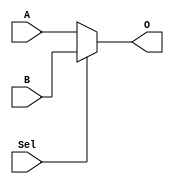
`timescale 1ns / 1ps
//////////////////////////////////////////////////////////////////////////////////
// Company: 
// Engineer: 
// 
// Design Name: 
// Module Name:    MUX_32_2_1 
// Project Name: 
// Target Devices: 
// Tool versions: 
// Description: 
//
// Dependencies: 
//
// Revision: 
// Revision 0.01 - File Created
// Additional Comments: 
//
//////////////////////////////////////////////////////////////////////////////////
module MUX_32_2_1(A, B, Sel, O);
	input		[31:0]	A;
	input		[31:0]	B;
	input			 		Sel;
	output	[31:0]	O;

	assign O = Sel ? B : A;

endmodule